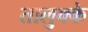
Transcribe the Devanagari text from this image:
तालुक्के